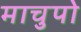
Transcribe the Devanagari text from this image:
माचुपो